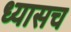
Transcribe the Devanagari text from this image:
ध्यासच